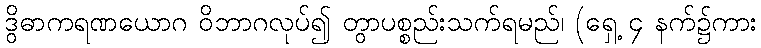
ဒွိဓာကရဏယောဂ ဝိဘာဂလုပ်၍ တွာပစ္စည်းသက်ရမည်၊ (ရှေ့ ၄ နက်၌ကား